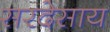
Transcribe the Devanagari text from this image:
सरदेसाय